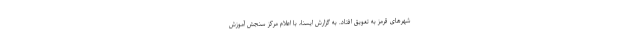
شهرهای قرمز به تعویق افتاد. به گزارش ایسنا، با اعلام مرکز سنجش آموزش